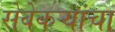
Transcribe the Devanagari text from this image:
सेवेकऱ्यांचा